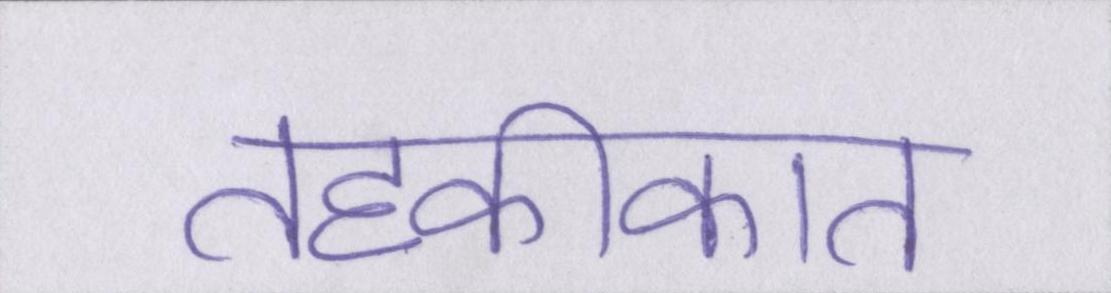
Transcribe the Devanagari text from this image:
तहकीकात